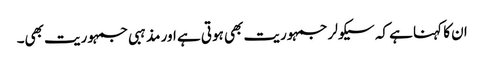
ان کا کہنا ہے کہ سیکولر جمہوریت بھی ہوتی ہے اور مذہبی جمہوریت بھی۔